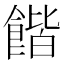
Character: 𲋜